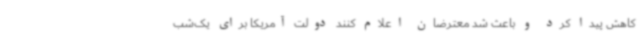
کاهش پیدا کرد و باعث شد معترضان اعلام کنند دولت آمریکا برای یک‌شب